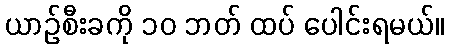
ယာဉ်စီးခကို ၁၀ ဘတ် ထပ် ပေါင်းရမယ်။